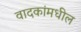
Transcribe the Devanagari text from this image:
वादकांमधील